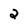
Character: 2